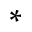
\ast